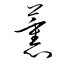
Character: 薫